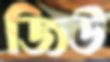
জিউ